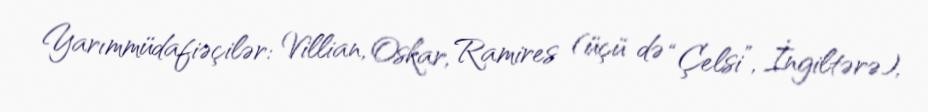
Yarımmüdafiəçilər: Villian, Oskar, Ramires (üçü də “Çelsi”, İngiltərə),